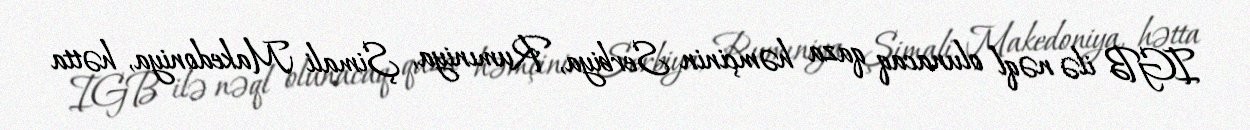
IGB ilə nəql olunacaq qaza həmçinin Serbiya, Rumıniya, Şimali Makedoniya, hətta